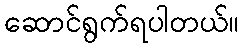
ဆောင်ရွက်ရပါတယ်။